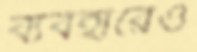
ব্যবহারেও